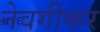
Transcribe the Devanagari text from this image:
नेवगीकर